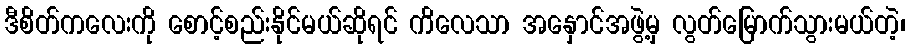
ဒီစိတ်ကလေးကို စောင့်စည်းနိုင်မယ်ဆိုရင် ကိလေသာ အနှောင်အဖွဲ့မှ လွတ်မြောက်သွားမယ်တဲ့၊